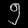
Digit: ၅